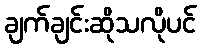
ချက်ချင်းဆိုသလိုပင်